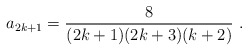
\begin{align*}a_{2k+1}= \frac{8}{(2k+1)(2k+3)(k+2)}\ .\end{align*}